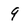
Character: 9